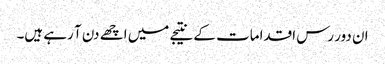
ان دور رس اقدامات کے نتیجے میں اچھے دن آ رہے ہیں۔